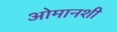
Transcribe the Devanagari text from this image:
ओमानशी